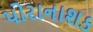
પોરાનાશક